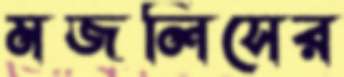
মজলিসের